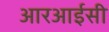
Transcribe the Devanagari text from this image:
आरआईसी